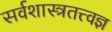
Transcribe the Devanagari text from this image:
सर्वशास्त्रतत्त्वज्ञ